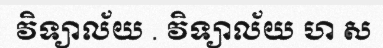
វិទ្យាល័យ . វិទ្យាល័យ ហ ស